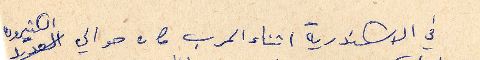
في الاسكندرية اثناء الحرب كان حوالي الكثيرون